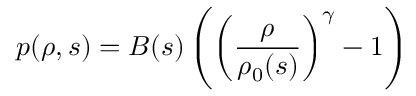
p ( \rho , s ) = B ( s ) \left( \left( \frac { \rho } { \rho _ { 0 } ( s ) } \right) ^ { \gamma } - 1 \right)